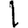
Digit: 1